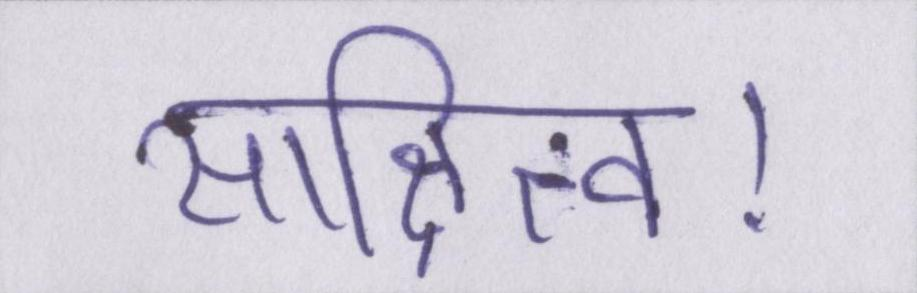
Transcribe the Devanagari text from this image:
साक्षित्व।